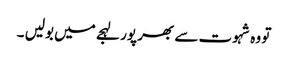
تو وہ شہوت سے بھر پور لہجے میں بولیں ۔